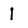
Character: 1